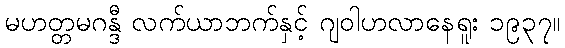
မဟတ္တမဂန္ဒီ လက်ယာဘက်နှင့် ဂျဝါဟလာနေရူး ၁၉၃၇။